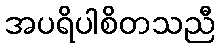
အပရိပါစိတသညီ